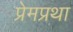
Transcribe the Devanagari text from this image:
प्रेमप्रथा